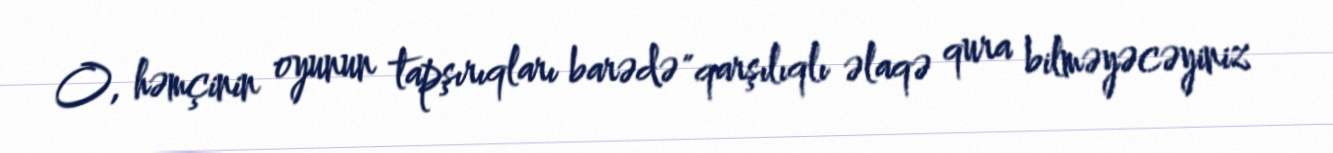
O, həmçinin oyunun tapşırıqları barədə "qarşılıqlı əlaqə qura bilməyəcəyiniz